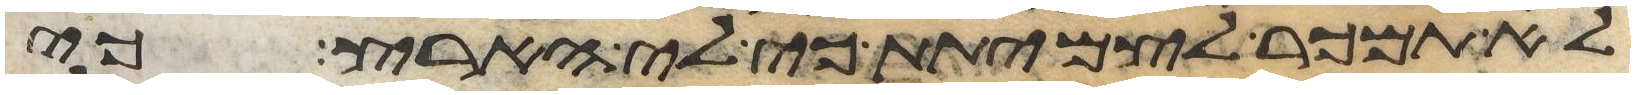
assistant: לא תמכר לצמיתת כי לי הארץ כי